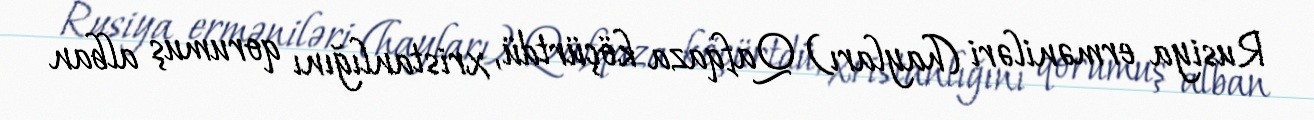
Rusiya erməniləri (hayları) Qafqaza köçürtdü, xristanlığını qorumuş alban